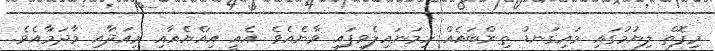
މިފޮތް ލިޔުމުގައި މައިގަނޑު ތިންބައެއް ހިމަނައިލެވިފައި ވާނެއެވެ .އެއީ އިއްޔެއާއި މިއަދާއި މާދަމާއެވެ.